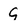
Character: 9